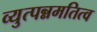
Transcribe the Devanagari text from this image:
व्युत्पन्नमतित्व